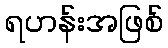
ရဟန်းအဖြစ်